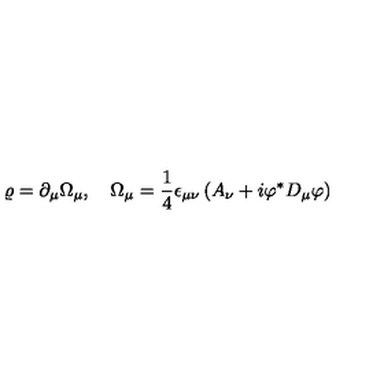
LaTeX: \varrho = \partial _ { \mu } \Omega _ { \mu } , \quad \Omega _ { \mu } = \frac 1 4 \epsilon _ { \mu \nu } \left( A _ { \nu } + i \varphi ^ { * } D _ { \mu } \varphi \right)